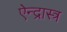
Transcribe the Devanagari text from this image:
ऐन्द्रास्त्र